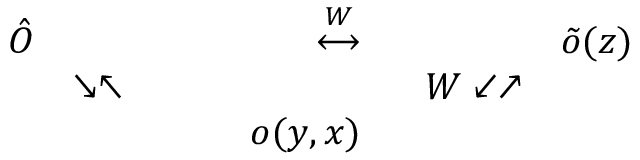
\begin{array} { r l r l r l } { { \hat { O } } } & { { } } & { { \stackrel { \cal W } { \longleftrightarrow } } } & { { ~ } } & { { \tilde { o } ( z ) \nonumber } } \\ { { } } & { { \searrow \nwarrow } } & { { } } & { { ~ ~ W \swarrow \nearrow } } & { { \nonumber } } \\ { { } } & { { } } & { { ~ ~ ~ ~ ~ ~ ~ o ( y , x ) } } & { { } } & { { } } \end{array}